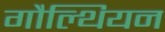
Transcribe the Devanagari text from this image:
गौल्थियन